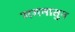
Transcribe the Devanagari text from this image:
गगनातुन